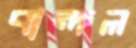
বান্দল